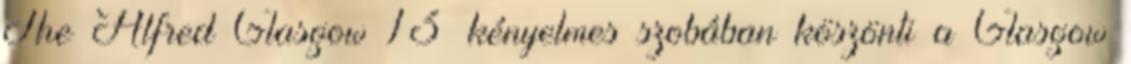
The Alfred Glasgow 13 kényelmes szobában köszönti a Glasgow